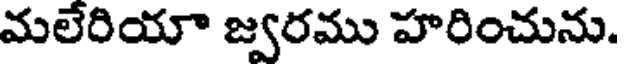
మలేరియా జ్వరము హరించును.